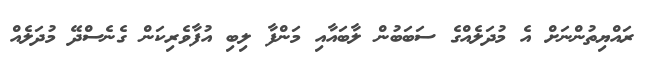
ރައްޔިތުންނަށް އެ މުދަލެއްގެ ސަބަބުން ލާބައާއި މަންފާ ލިބި އުފާވެރިކަން ގެނެސްދޭ މުދަލެއް